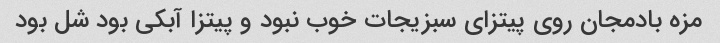
مزه بادمجان روی پیتزای سبزیجات خوب نبود و پیتزا آبکی بود شل بود